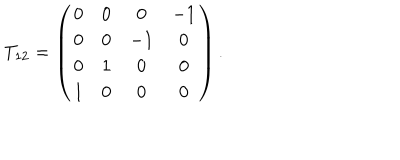
LaTeX: T _ { 1 2 } = \left( \begin{array} { c c c c } { { 0 } } & { { 0 } } & { { 0 } } & { { - 1 } } \\ { { 0 } } & { { 0 } } & { { - 1 } } & { { 0 } } \\ { { 0 } } & { { 1 } } & { { 0 } } & { { 0 } } \\ { { 1 } } & { { 0 } } & { { 0 } } & { { 0 } } \\ \end{array} \right) .